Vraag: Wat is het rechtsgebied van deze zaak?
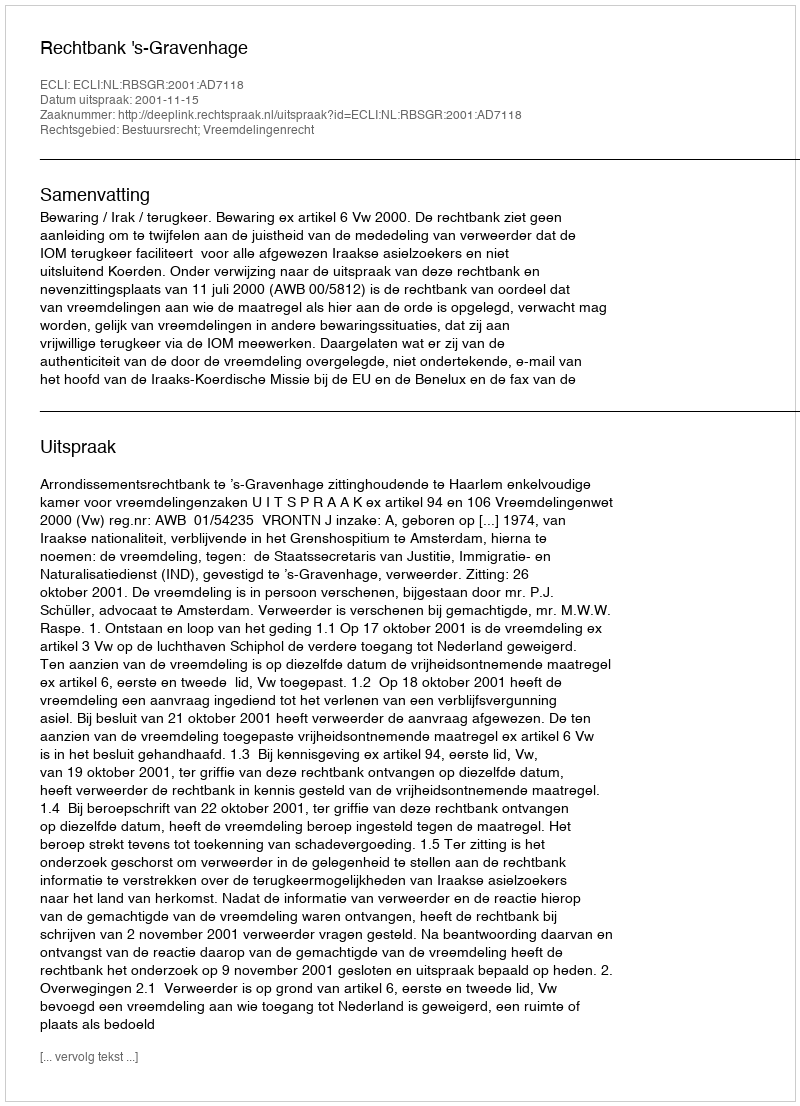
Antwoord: Bestuursrecht; Vreemdelingenrecht